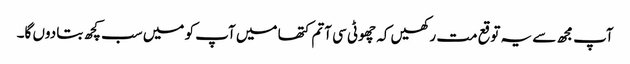
آپ مجھ سے یہ توقع مت رکھیں کہ چھوٹی سی آتم کتھا میں آپ کو میں سب کچھ بتا دوں گا۔